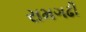
રામગઢી